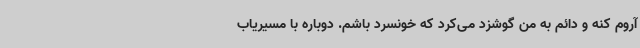
آروم کنه و دائم به من گوشزد می‌کرد که خونسرد باشم. دوباره با مسیریاب